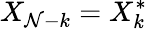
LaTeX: X_{\mathcal{N}-k}=X_{k}^{*}